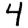
Digit: 4